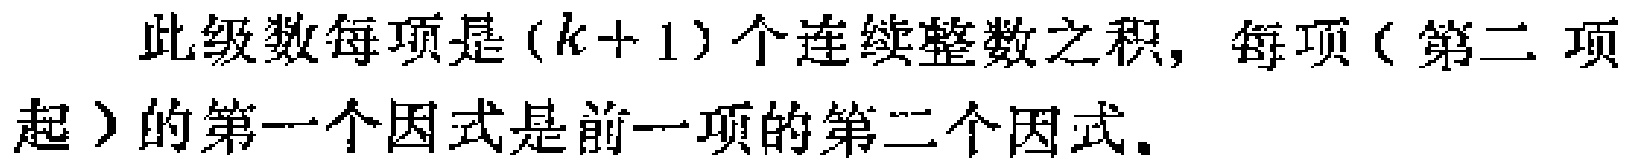
此级数每项是\((k + 1)\)个连续整数之积，每项（第二项起）的第一个因式是前一项的第二个因式。